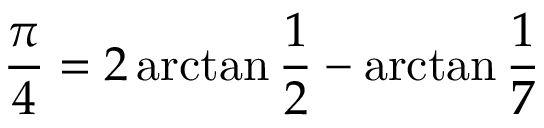
{ \frac { \pi } { 4 } } = 2 \arctan { \frac { 1 } { 2 } } - \arctan { \frac { 1 } { 7 } }